Punjab Mental Hospital Lahore 1922-31 - 1922-1931
Year: 1922
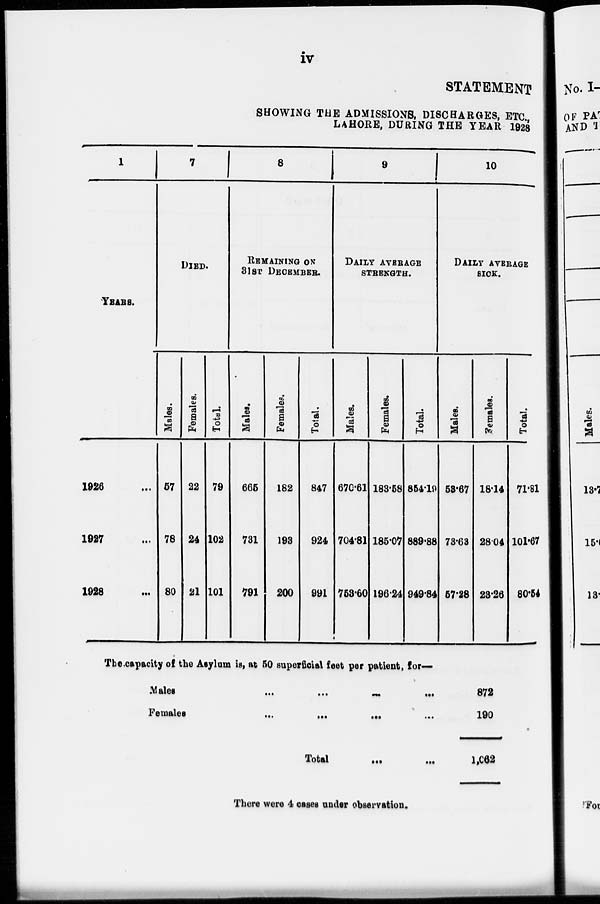
iv
STATEMENT
SHOWING THE ADMISSIONS, DISCHARGES, ETC.,
LAHORE, DURING THE YEAR 1928
1
YEAR.
1026 ...
1927 ...
1928 ...
7
DIED.
Males.
57
78
80
Females.
22
24
21
Total.
79
102
101
8
REMAINING ON
31ST DECEMBER.
Males.
665
731
791
Females.
182
193
200
Total.
847
924
991
9
DAILY AVERAGE
STRENGTH.
Males.
670.61
704.81
753.60
Females.
183.58
185.07
196.24
Total.
854.10
889.88
949.84
10
DAILY AVERAGE
SICK.
Males.
58.67
78.63
57.28
Females.
18.14
28.04
23.26
Total.
71.81
101.67
80.54
The capacity of the Asylum is, at 50 superficial feet per patient, for—
Males
...
...
...
...
...
Females
...
...
...
...
...
Total
....
...
872
190
1,062
There were 4 cases under observation.